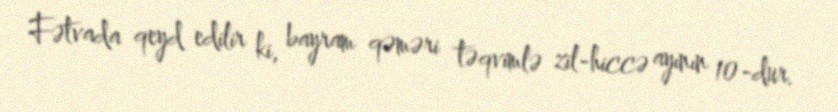
Fətvada qeyd edilir ki, bayram qəməri təqvimlə zil-hiccə ayının 10-dur.